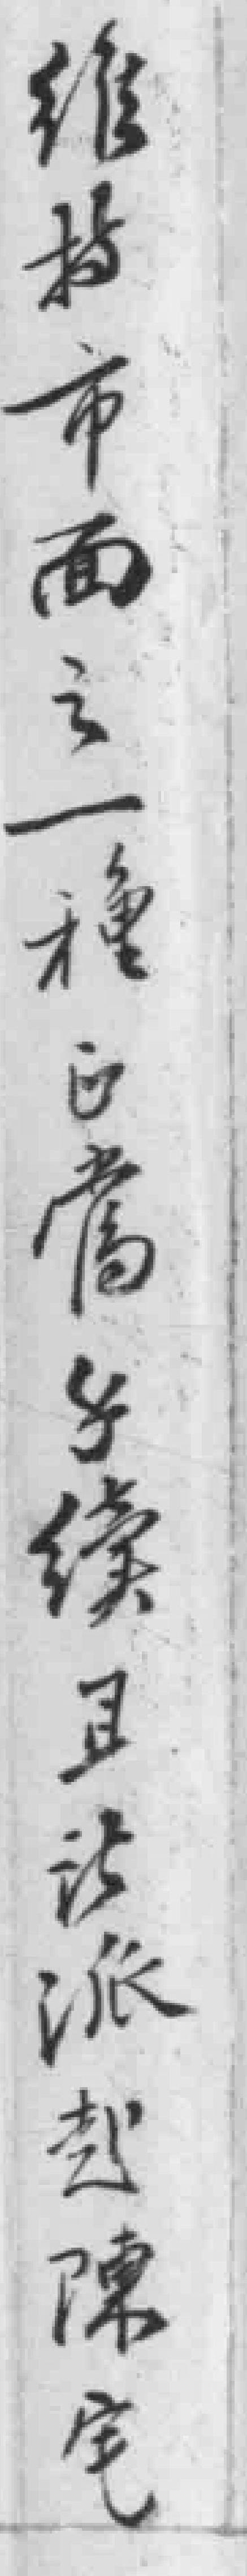
维持市面之一種正當手续且法派赴陳宅